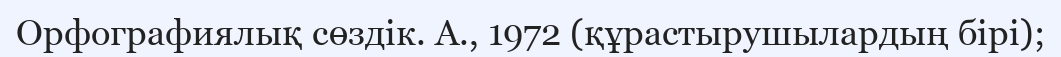
Орфографиялық сөздік. А., 1972 (құрастырушылардың бірі);